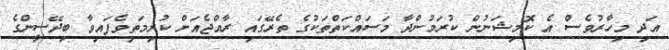
އަދި މިހާރުވެސް އެ ކޮމިޝަނުން ކުރަމުންދާ މަސައްކަތްތަކުގެ ތެރޭގައި ރާއްޖެއަށް ކުރިމަތިވެފައިވާ ބިދޭސީންގެ